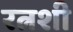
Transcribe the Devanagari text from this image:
रत्नशी